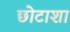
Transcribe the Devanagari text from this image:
छोटाशा